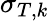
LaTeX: \sigma_{T,k}